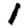
Digit: 1